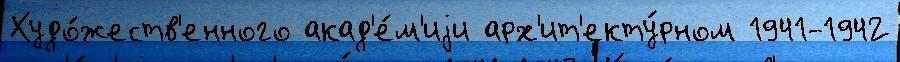
Худо́жеств'енного акад'е́м'иjи арх'ит'екту́рном 1941-1942